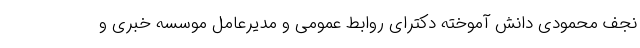
نجف محمودی دانش آموخته دکترای روابط عمومی و مدیرعامل موسسه خبری و